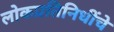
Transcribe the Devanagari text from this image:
लोकप्रतिनिधींचे